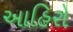
આહિરો